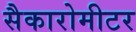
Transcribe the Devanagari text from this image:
सैकारोमीटर